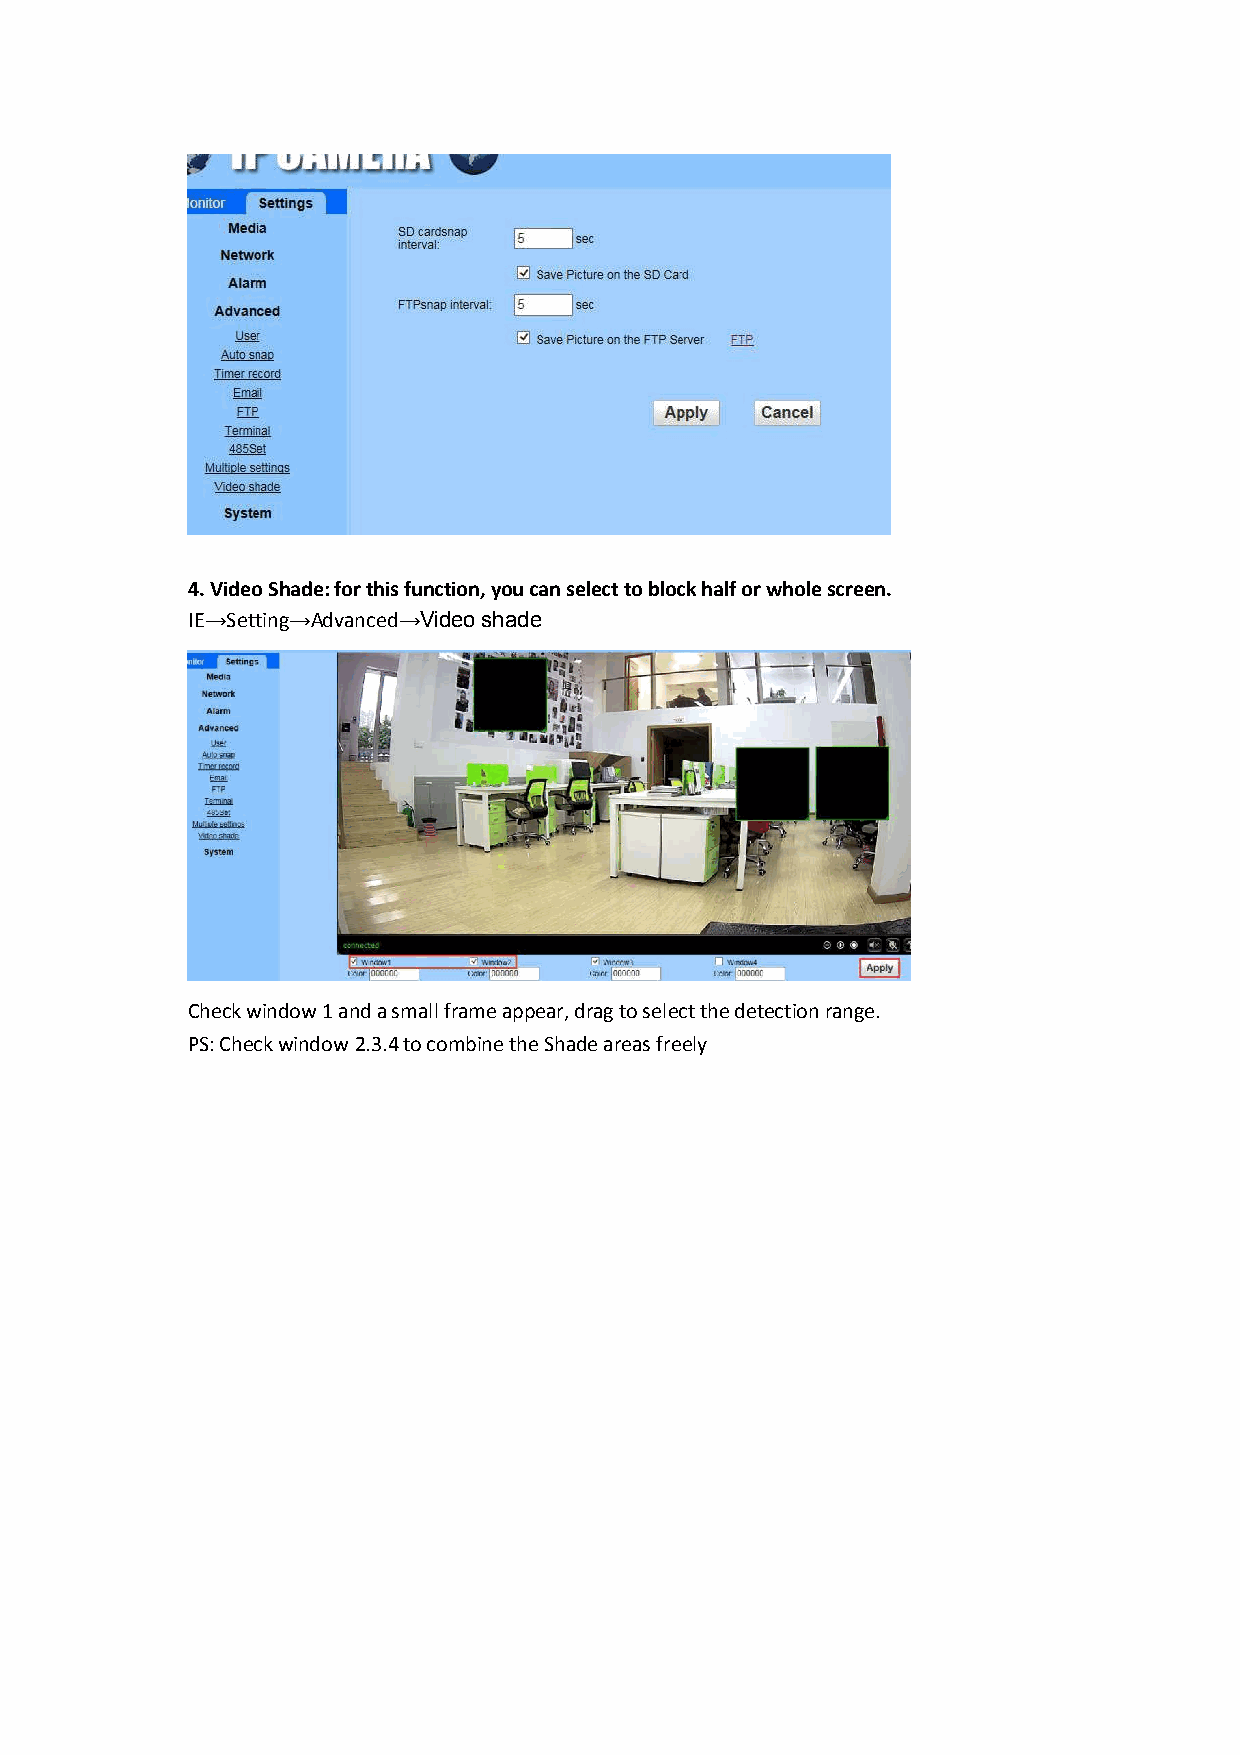
4. Video Shade: for this function, you can select to block half or whole screen.
 IE→Setting→Advanced→Video shade
 Check window 1 and a small frame appear, drag to select the detection range.
 PS: Check window 2.3.4 to combine the Shade areas freely